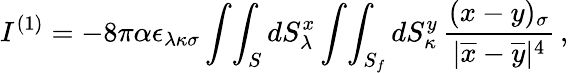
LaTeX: I^{(1)}=-8\pi\alpha\epsilon_{\lambda\kappa\sigma}\int\! \int_{S}dS_{\lambda}^{x}\int\! \int_{S_{f}}dS_{\kappa}^{y}\, \frac{(x-y)_{\sigma}}{|\overline{{{x}}}-\overline{{{y}}}|^{4}}\, ,